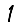
Digit: 1